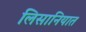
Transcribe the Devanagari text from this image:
लिसानियात